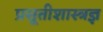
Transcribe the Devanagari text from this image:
प्रसूतीशास्त्रज्ञ